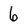
Character: 6